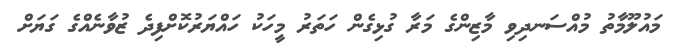
މައުލޫމާތު މުއްސަނދިވި މާޒިންގެ މަރާ ގުޅިގެން ހަތަރު މީހަކު ހައްޔަރުކޮށްފިދެ ޒުވާނެއްގެ ގަޔަށް